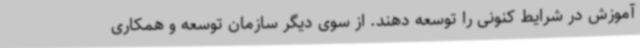
آموزش در شرایط کنونی را توسعه دهند. از سوی دیگر سازمان توسعه و همکاری